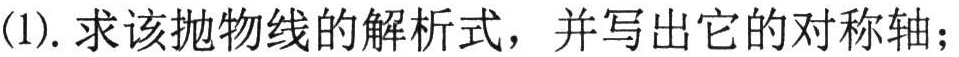
(1). 求该抛物线的解析式，并写出它的对称轴；